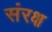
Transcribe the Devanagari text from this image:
संरक्ष